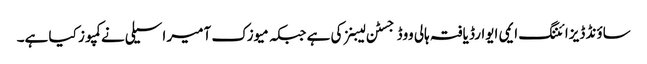
ساؤنڈ ڈیزائننگ ایمی ایوارڈ یافتہ ہالی ووڈ جسٹن لیبنز کی ہے جبکہ میوزک آمیر اسیلی نے کمپوز کیا ہے۔